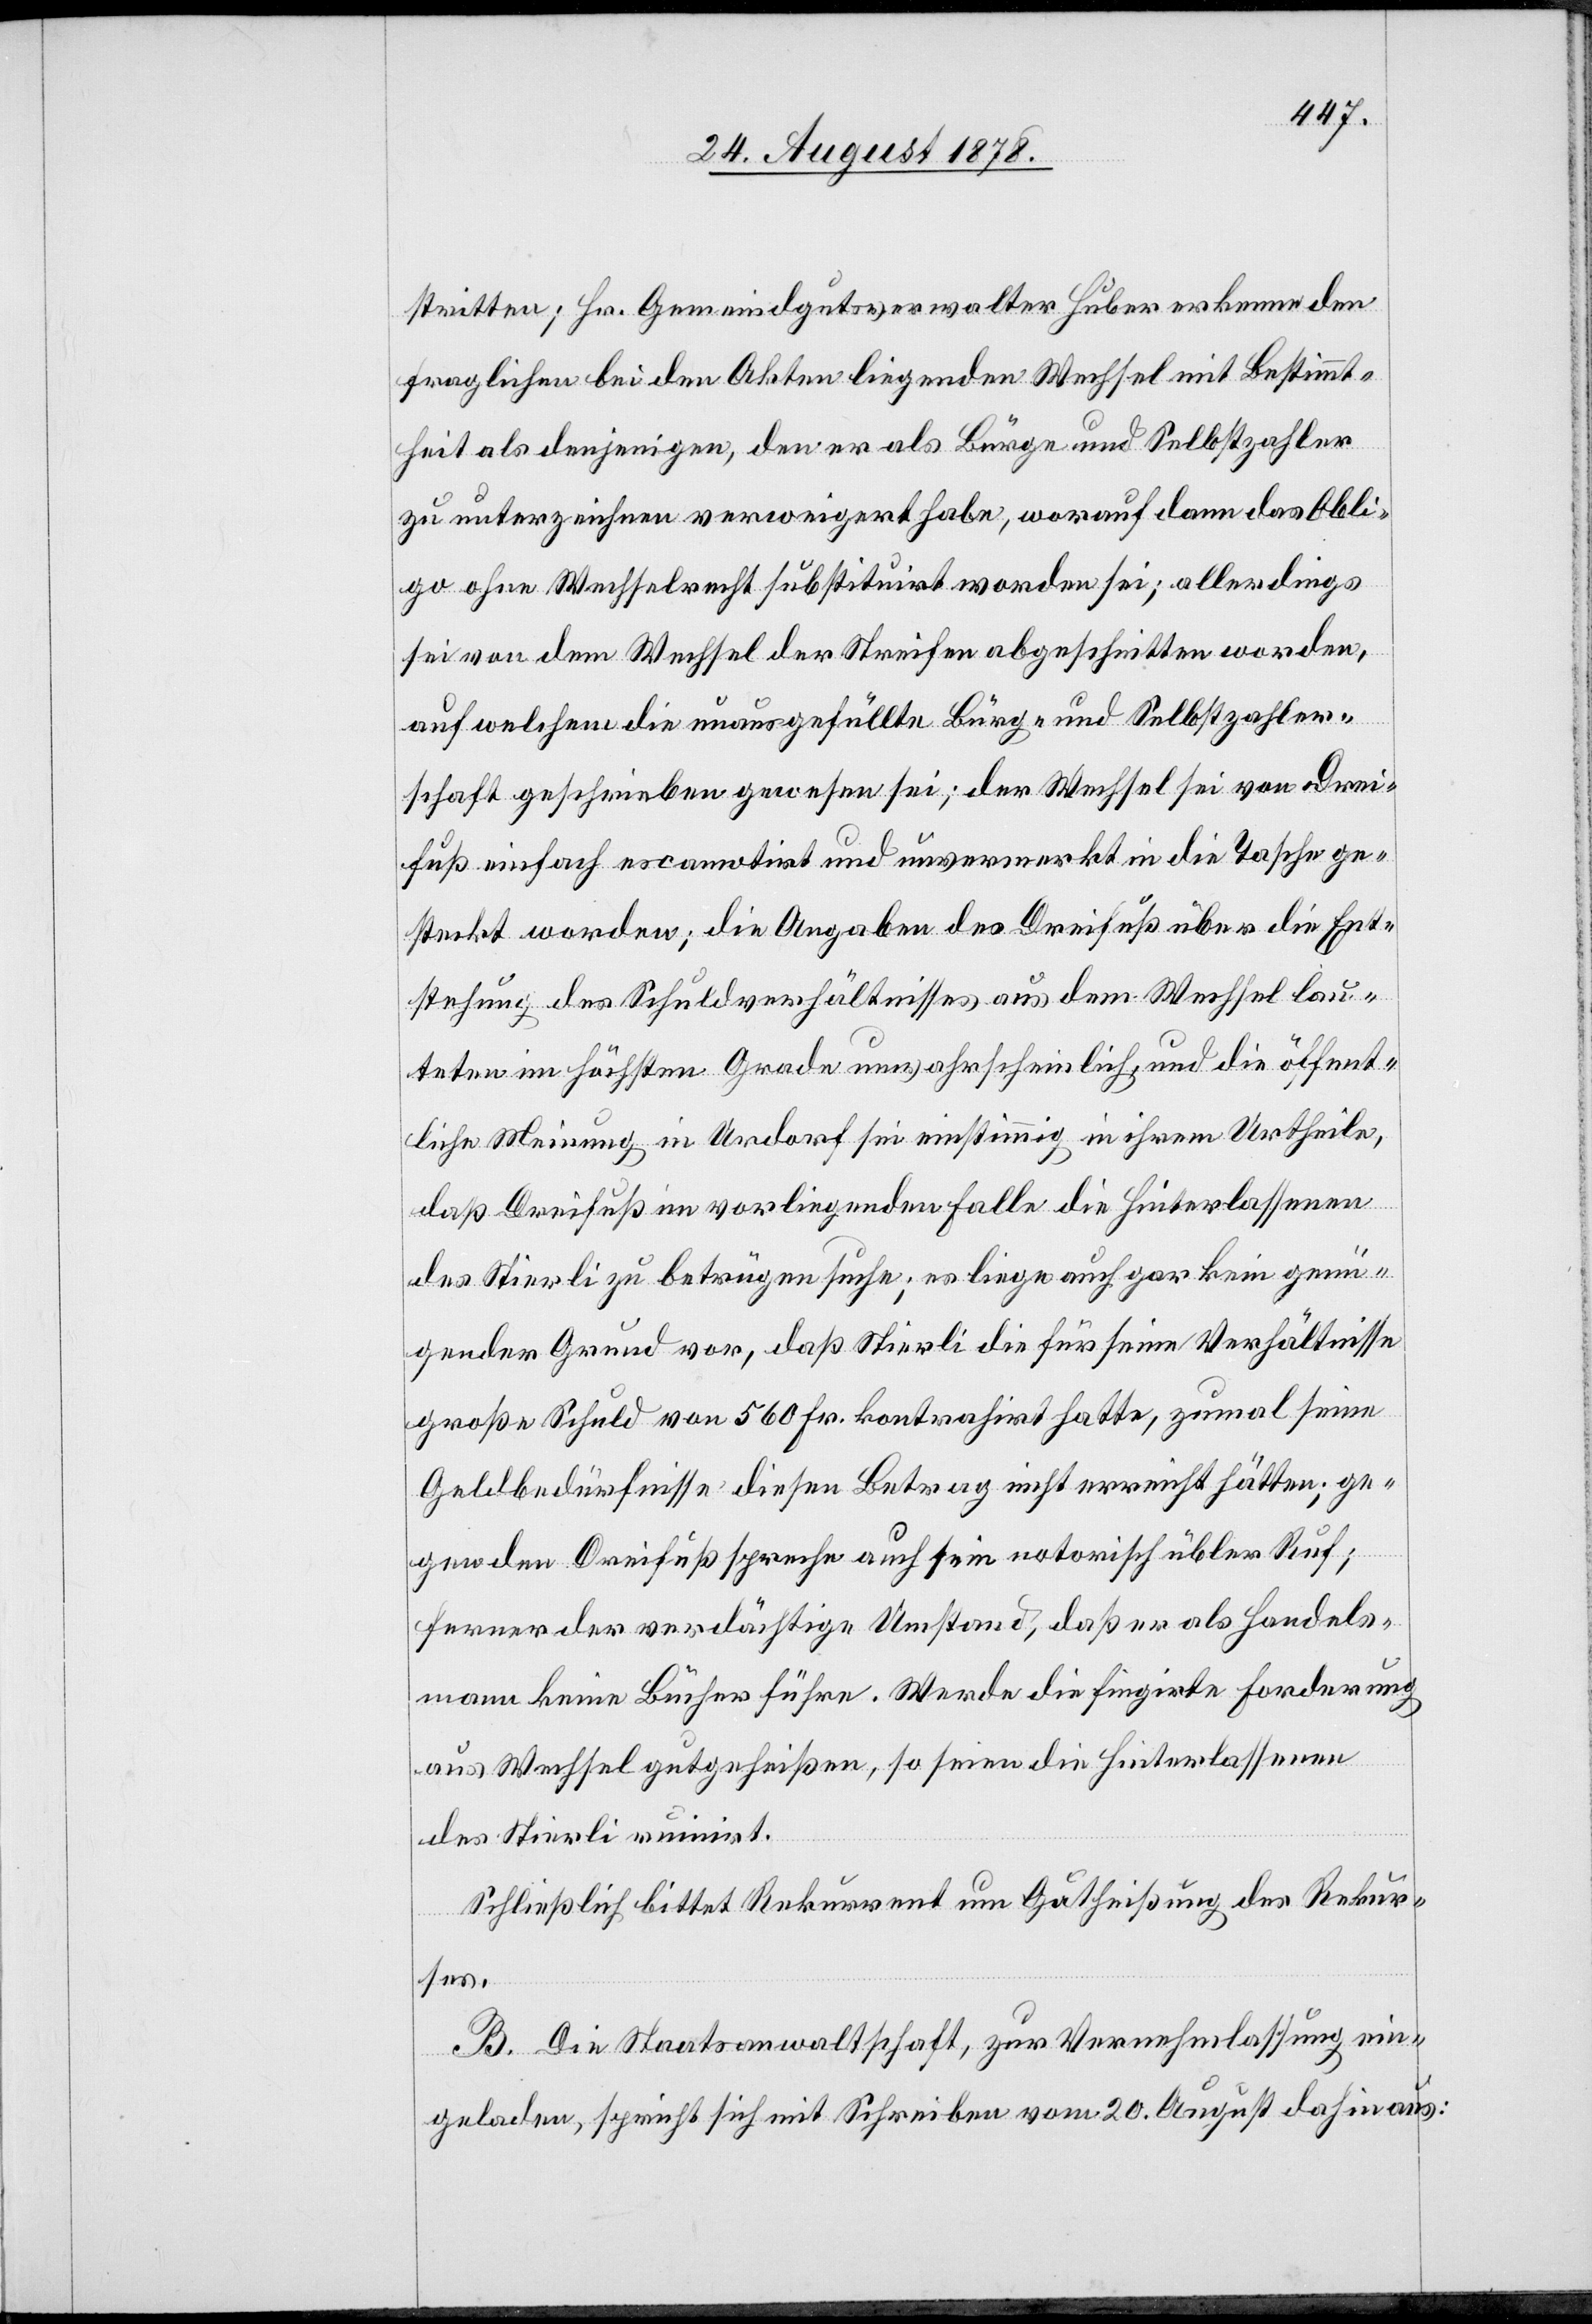
stritten; Hr. Gemeindgutsverwalter Huber erkenne den
fraglichen bei den Akten liegenden Wechsel mit Bestimmt¬
heit als denjenigen, den er als Bürge und Selbstzahler
zu unterzeichnen verweigert habe, worauf dann das Obli¬
go ohne Wechselrecht substituirt worden sei; allerdings
sei von dem Wechsel der Streifen abgeschnitten worden,
auf welchem die unausgefüllte Bürg- und Selbstzahler¬
schaft geschrieben gewesen sei; der Wechsel sei von Drei¬
fuß einfach escanotirt und unvermerkt in die Tasche ge¬
steckt worden; die Angaben des Dreifuß über die Ent¬
stehung des Schuldverhältnisses aus dem Wechsel lau¬
teten im höchsten Grade unwahrscheinlich, und die öffent¬
liche Meinung in Urdorf sei einstimmig in ihrem Urtheile,
daß Dreifuß im vorliegenden Falle die Hinterlassenen
des Stierli zu betrügen suche; es liege auch gar kein genü¬
gender Grund vor, daß Stierli die für seine Verhältnisse
große Schuld von 560 Fr. kontrahirt hatte, zumal seine
Geldbedürfnisse diesen Betrag nicht erreicht hätten; ge¬
gen den Dreifuß spreche auch sein notorisch übler Ruf;
ferner der verdächtige Umstand, daß er als Handels¬
mann keine Bücher führe. Werde die fingirte Forderung
aus Wechsel gutgeheißen, so seien die Hinterlassenen
des Stierli ruinirt.
Schließlich bittet Rekurrent um Gutheißung des Rekur¬
ses.
B. Die Staatsanwaltschaft, zur Vernehmlassung ein¬
geladen, spricht sich mit Schreiben vom 20. August dahin aus: